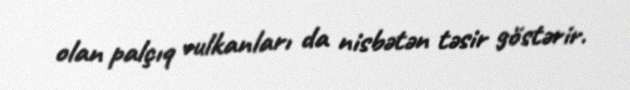
olan palçıq vulkanları da nisbətən təsir göstərir.